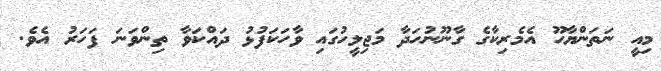
މިއީ ނަތަންޔާހޫ އެމެރިކާގެ ގާނޫނުހަދާ މަޖިލީހުގައި ވާހަކަފުޅު ދައްކަވާ ތިންވަނަ ފަހަރު އެވެ.